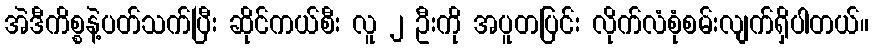
အဲဒီကိစ္စနဲ့ပတ်သက်ပြီး ဆိုင်ကယ်စီး လူ ၂ ဦးကို အပူတပြင်း လိုက်လံစုံစမ်းလျက်ရှိပါတယ်။